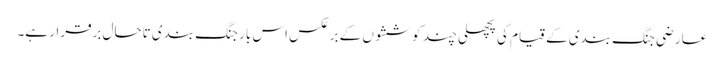
عارضی جنگ بندی کے قیام کی پچھلی چند کوششوں کے برعکس اس بار جنگ بندی تاحال برقرار ہے۔